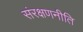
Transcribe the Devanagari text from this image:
संरक्षणनीति